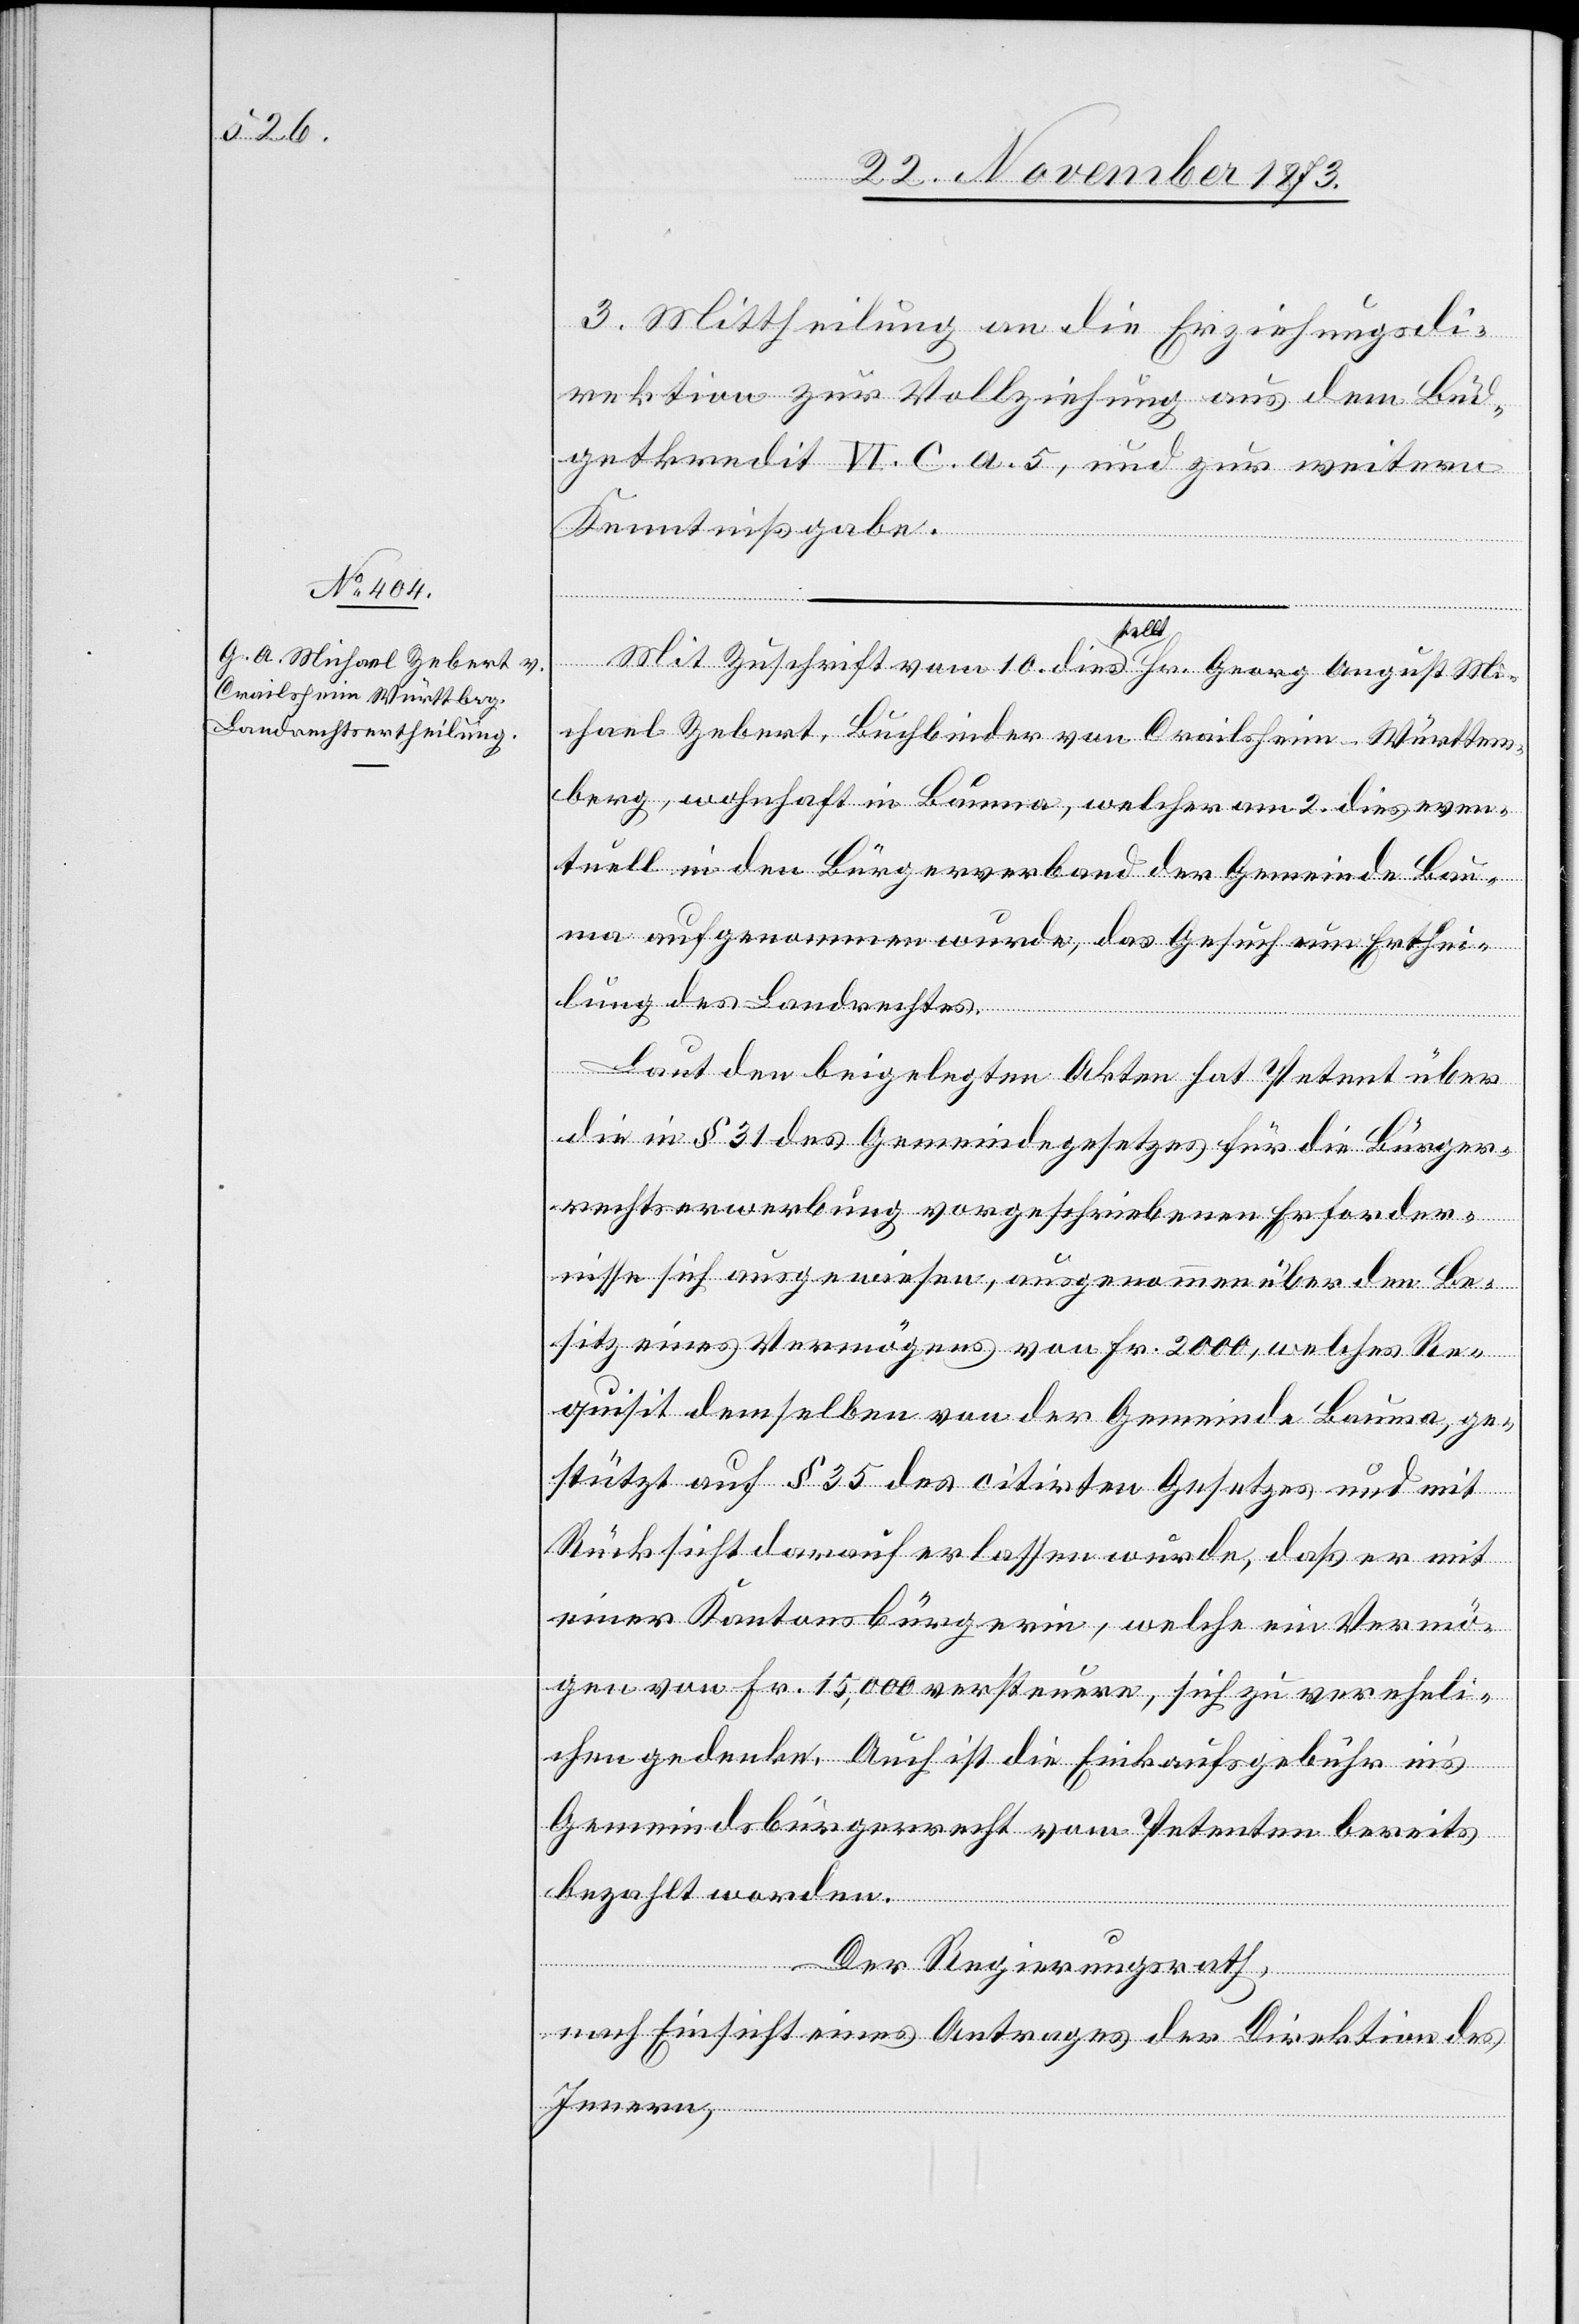
3. Mittheilung an die Erziehungsdi¬
rektion zur Vollziehung aus dem Büd¬
getkredit IV. C. a. 5, und zu weitern
Kenntnißgabe.
Mit Zuschrift vom 10. dies stellt Hr. Georg August Mi¬
chael Zebert, Buchbinder von Crailsheim - Württem¬
berg, wohnhaft in Bauma, welcher am 2. dies even¬
tuell in den Bürgerverband der Gemeinde Bau¬
ma aufgenommen wurde, das Gesuch um Erthei¬
lung des Landrechtes.
Laut den beigelegten Akten hat Petent über
die in § 31 des Gemeindegesetzes für die Bürger¬
rechtserwerbung vorgeschriebenen Erforder¬
nisse sich ausgewiesen, ausgenommen über den Be¬
sitz eines Vermögens von Fr. 2 000, welches Re¬
quisit demselben von der Gemeinde Bauma, ge¬
stützt auf § 35 des citirten Gesetzes und mit
Rücksicht darauf erlassen wurde, daß er mit
einer Kantonsbürgerin, welche ein Vermö¬
gen von Fr. 15,000 versteuere, sich zu vereheli¬
chen gedenke. Auch ist die Einkaufsgebühr in’s
Gemeindsbürgerrecht vom Petenten bereits
bezahlt worden.
Der Regierungsrath,
nach Einsicht eines Antrages der Direktion des
Innern,